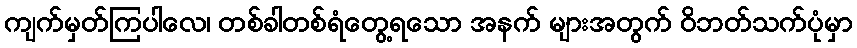
ကျက်မှတ်ကြပါလေ၊ တစ်ခါတစ်ရံတွေ့ရသော အနက် များအတွက် ဝိဘတ်သက်ပုံမှာ